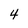
Character: 4